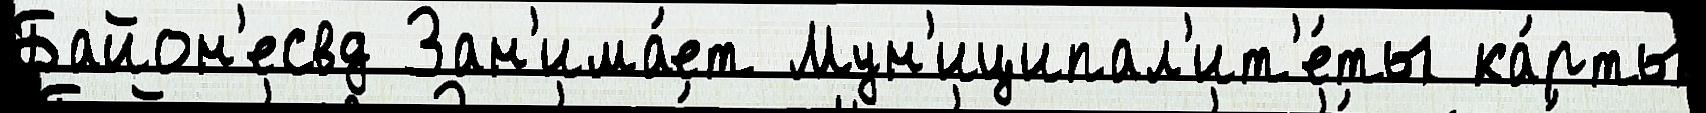
Байон'есвд Зан'има́ет Мун'иципал'ит'е́ты ка́рты